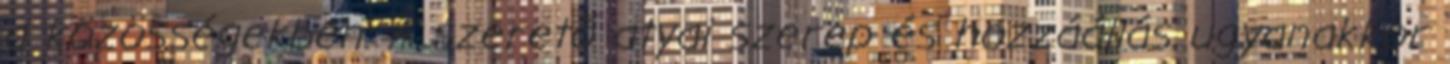
a közösségekben. A szerető atyai szerep és hozzáállás ugyanakkor